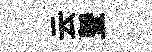
云曁